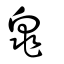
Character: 兠